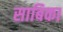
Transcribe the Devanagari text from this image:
साबिका